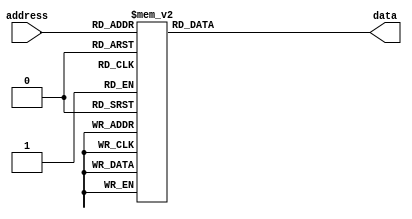
module rom (
   input [2:0] address,
   output reg [7:0] data
);

always @(address)
begin
   case(address)
      3'b000: data = 8'b00000000;
      3'b001: data = 8'b00000001;
      3'b010: data = 8'b00000010;
      3'b011: data = 8'b00000011;
      3'b100: data = 8'b00000100;
      3'b101: data = 8'b00000101;
      3'b110: data = 8'b00000110;
      3'b111: data = 8'b00000111;
      default: data = 8'b00000000;
   endcase
end

endmodule